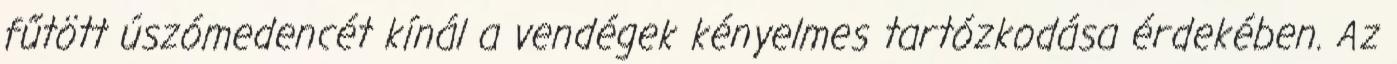
fűtött úszómedencét kínál a vendégek kényelmes tartózkodása érdekében. Az